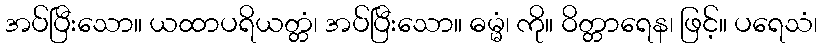
အပ်ပြီးသော။ ယထာပရိယတ္တံ၊ အပ်ပြီးသော။ ဓမ္မံ၊ ကို။ ဝိတ္တာရေန၊ ဖြင့်။ ပရေသံ၊